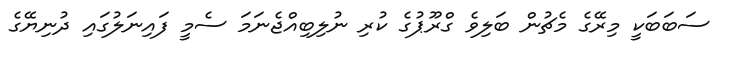
ސަބަބަކީ މިރޭގެ މެޗުން ބަލިވެ ގްރޫޕުގެ ކުރި ނުލިބިއްޖެނަމަ ސެމީ ފައިނަލުގައި ދުނިޔޭގެ